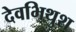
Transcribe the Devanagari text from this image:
देवभिथुश